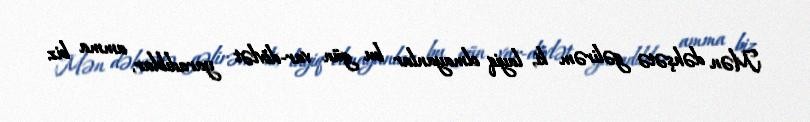
Mən dəhşətə gəlirəm ki, layiq olmayanlar bu gün var-dövlət yaradıblar, amma biz